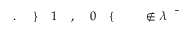
\! \! \! \! \! \! \! \! \! \! \! \bar { \! \! \! \! \! \! \! \! \! \! \! \! \lambda } \! \! \! \! \! \! \! \! \! \! \! \! \notin \! \! \! \! \! \! \! \! \! \! \! \! \! \! \! \! \! \! \! \! \! \! \! \! \{ \! \! \! \! \! \! \! \! \! \! \! \! 0 \! \! \! \! \! \! \! \! \! \! \! \! , \! \! \! \! \! \! \! \! \! \! \! \! 1 \! \! \! \! \! \! \! \! \! \! \! \! \} \! \! \! \! \! \! \! \! \! \! \! \! . \! \! \! \! \! \! \! \! \! \! \!